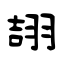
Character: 翓